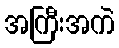
အကြီးအကဲ